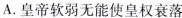
A.皇帝软弱无能使皇权衰落